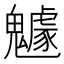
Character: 𩴯